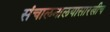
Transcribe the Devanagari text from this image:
संचालनालयासारखीच